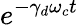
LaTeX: e^{-\gamma_{d}\omega_{c}t}